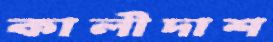
কালীদাশ